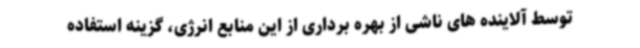
توسط آلاینده های ناشی از بهره برداری از این منابع انرژی، گزینه استفاده